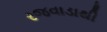
રજવાડાથી